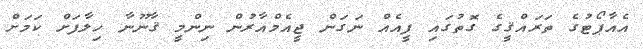
އެއާޕޯޓުގެ ތަރައްޤީގެ ގޮތުގައި ފީއެއް ނަގަން ޖީއެމްއާރުން ނިންމީ ޤާނޫނާ ހިލާފަށް ކަމަށް